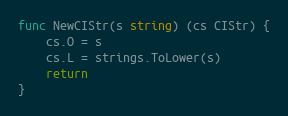
Language: Go
func NewCIStr(s string) (cs CIStr) {
	cs.O = s
	cs.L = strings.ToLower(s)
	return
}